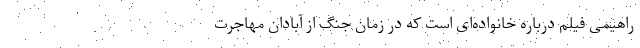
راهیمی فیلم درباره خانواده‌ای است که در زمان جنگ از آبادان مهاجرت